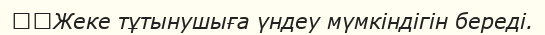
	Жеке тұтынушыға үндеу мүмкіндігін береді.